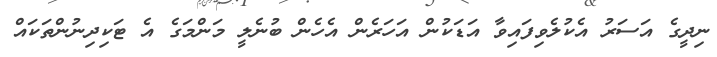
ނިދީގެ އަސަރު އެކުލެވިފައިވާ އަޑަކުން އަހަރެން އެހެން ބުނެލީ މަންމަގެ އެ ޓަކިދިނުންތަކައް